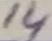
Text: 14